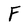
Character: F